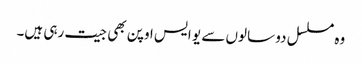
وہ مسلسل دو سالوں سے یو ایس اوپن بھی جیت رہی ہیں۔